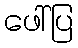
ဖေါ်ပြ